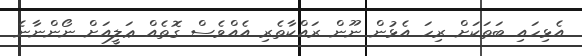
އެޅިހައި ބަތަކަށް ރިހަ އެޅުން ނޫން ރައްކާތެރި އެއްވެސް ގޮތެއް ޢަލީއަށް ނޯންނާނެ